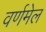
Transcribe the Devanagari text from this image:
वर्णमेल